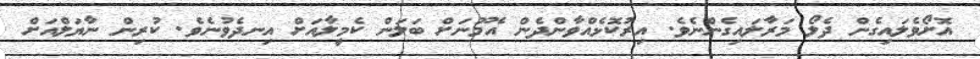
އޮށޯވެލައިގެން ދެލޯ މަރާލައިގެންނެވެ. އިރުކޮޅެއްވާންދެން އެމޫނަށް ބަލަން ކެމީލާއަށް އިނދެވުނެވެ. ކުރިން ނާޔަލްއަށް